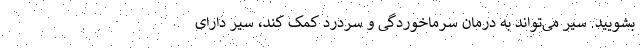
بشویید. سیر می‌تواند به درمان سرماخوردگی و سردرد کمک کند، سیر دارای